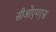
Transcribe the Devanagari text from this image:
सीओएमएस